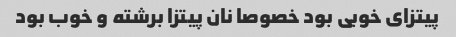
پیتزای خوبی بود خصوصا نان پیتزا برشته و خوب بود